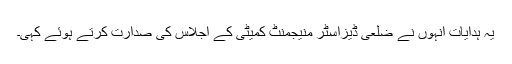
یہ ہدایات انہوں نے ضلعی ڈیزاسٹر منیجمنٹ کمیٹی کے اجلاس کی صدارت کرتے ہوئے کہی۔